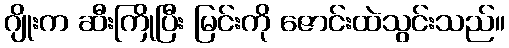
ဂျိုးက ဆီးကြိုပြီး မြင်းကို ဇောင်းထဲသွင်းသည်။